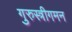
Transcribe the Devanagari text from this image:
गुरुस्त्रीगमन